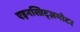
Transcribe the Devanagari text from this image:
एइनस्प्रिट्ज़मोटर